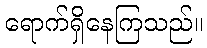
ရောက်ရှိနေကြသည်။